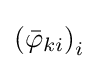
\left({\bar {\varphi }}_{ki}\right)_{i}